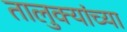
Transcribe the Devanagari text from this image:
तालुक्‍यांच्या